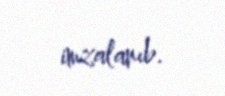
imzalanıb.